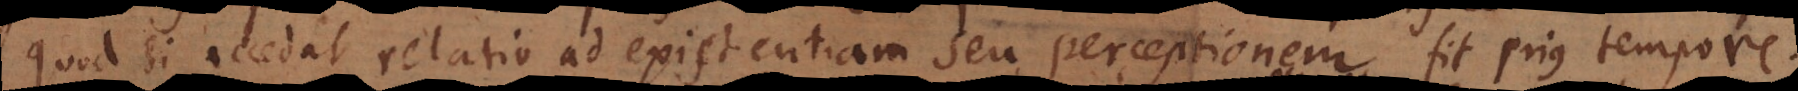
Quod si accedat relatio ad existentiam seu perceptionem fit prius tempore.